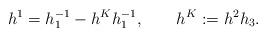
LaTeX: \begin{gather*}h^1=h^{-1}_1-h^Kh^{-1}_1,\qquad h^K:= h^2h_3.\end{gather*}